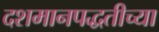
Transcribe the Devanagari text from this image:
दशमानपद्धतीच्या